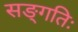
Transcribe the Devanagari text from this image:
सङ्गतिः